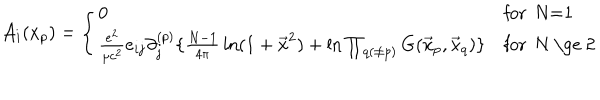
{ \cal A } _ { i } ( x _ { p } ) = \left\{ \begin{array} { l l } { { 0 } } & { { \mathrm { f o r ~ N = 1 ~ } } } \\ { { { \frac { e ^ { 2 } } { \mu c ^ { 2 } } } e _ { i j } \partial _ { j } ^ { ( p ) } \{ { \frac { N - 1 } { 4 \pi } } \ln ( 1 + \vec { x } ^ { 2 } ) + \ln \prod _ { q ( \ne p ) } G ( \vec { x } _ { p } , \vec { x } _ { q } ) \} } } & { { \mathrm { f o r ~ N ~ \ge ~ 2 ~ } } } \\ \end{array} \right.